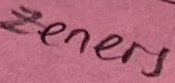
Text: Zeners